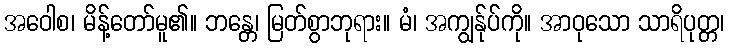
အဝေါစ၊ မိန့်တော်မူ၏။ ဘန္တေ၊ မြတ်စွာဘုရား။ မံ၊ အကျွန်ုပ်ကို။ အာဝုသော သာရိပုတ္တ၊